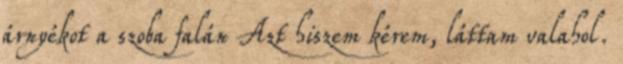
árnyékot a szoba falán Azt hiszem kérem, láttam valahol.